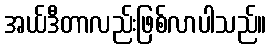
အယ်ဒီတာလည်းဖြစ်လာပါသည်။